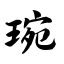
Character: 琬